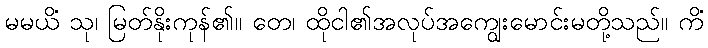
မမယိံ သု၊ မြတ်နိုးကုန်၏။ တေ၊ ထိုငါ၏အလုပ်အကျွေးမောင်းမတို့သည်။ ကိံ